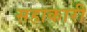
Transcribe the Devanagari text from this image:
सहाकारी